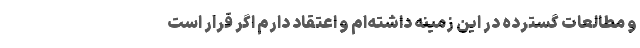
و مطالعات گسترده در این زمینه داشته‌ام و اعتقاد دارم اگر قرار است